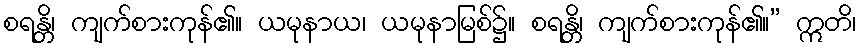
စရန္တိ၊ ကျက်စားကုန်၏။ ယမုနာယ၊ ယမုနာမြစ်၌။ စရန္တိ၊ ကျက်စားကုန်၏။” ဣတိ၊